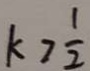
k > \frac { 1 } { 2 }